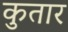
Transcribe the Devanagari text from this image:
कुतार